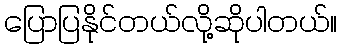
ပြောပြနိုင်တယ်လို့ဆိုပါတယ်။